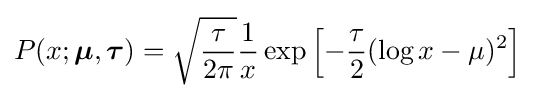
P(x;{\boldsymbol {\mu }},{\boldsymbol {\tau }})={\sqrt {\frac {\tau }{2\pi }}}{\frac {1}{x}}\exp {\Big [}{-{\frac {\tau }{2}}(\log x-\mu )^{2}}{\Big ]}